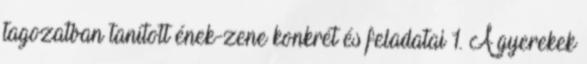
tagozatban tanított ének-zene konkrét és feladatai 1. A gyerekek